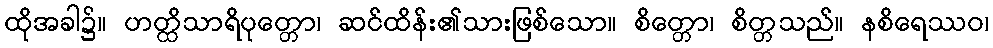
ထိုအခါ၌။ ဟတ္ထိသာရိပုတ္တော၊ ဆင်ထိန်း၏သားဖြစ်သော။ စိတ္တော၊ စိတ္တသည်။ နစိရေဿဝ၊